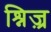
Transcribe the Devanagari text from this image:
श्निज़्र